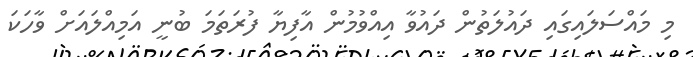
މި މައްސަލައިގައި ދައުލަތުން ދައުވާ އިއްވުމުން އާފިޔާ ފުރަތަމަ ބުނީ އަމިއްލައަށް ވާހަކަ